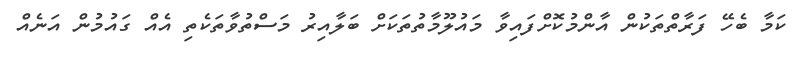
ކަމާ ބެހޭ ފަރާތްތަކުން އާންމުކޮށްފައިވާ މައުލޫމާތުތަކަށް ބަލާއިރު މަސްތުވާތަކެތި އެއް ގައުމުން އަނެއް